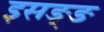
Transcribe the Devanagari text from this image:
इसङ्ङ